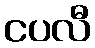
ငပလီ